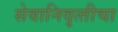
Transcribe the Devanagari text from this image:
सेवानिवृत्‍तीचा